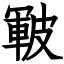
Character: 皸